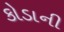
કોડાની